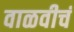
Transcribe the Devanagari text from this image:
वाळवीचं